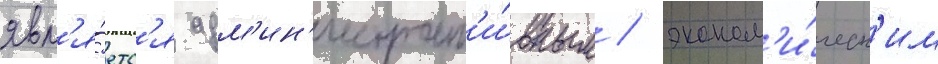
явл'я́етс'я адм'ин'истрат'и́вным / эконом'и́ческ'им